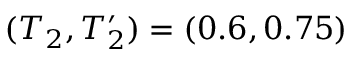
( T _ { 2 } , T _ { 2 } ^ { \prime } ) = ( 0 . 6 , 0 . 7 5 )